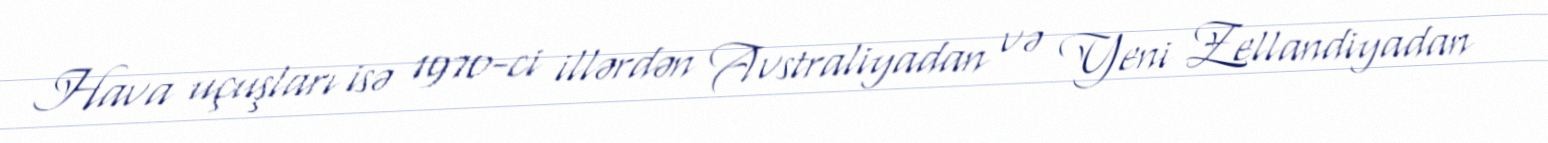
Hava uçuşları isə 1970-ci illərdən Avstraliyadan və Yeni Zellandiyadan